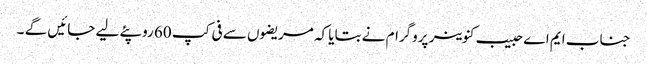
جناب ایم اے حبیب کنوینر پروگرام نے بتایا کہ مریضوں سے فی کپ 60 روپئے لیے جائیں گے ۔